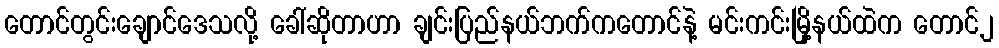
တောင်တွင်းချောင်ဒေသလို့ ခေါ်ဆိုတာဟာ ချင်းပြည်နယ်ဘက်ကတောင်နဲ့ မင်းကင်းမြို့နယ်ထဲက တောင်၂